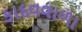
કાદવવાળા